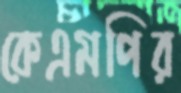
কেএমপির